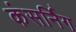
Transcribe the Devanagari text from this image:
कंसर्निग